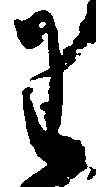
わ